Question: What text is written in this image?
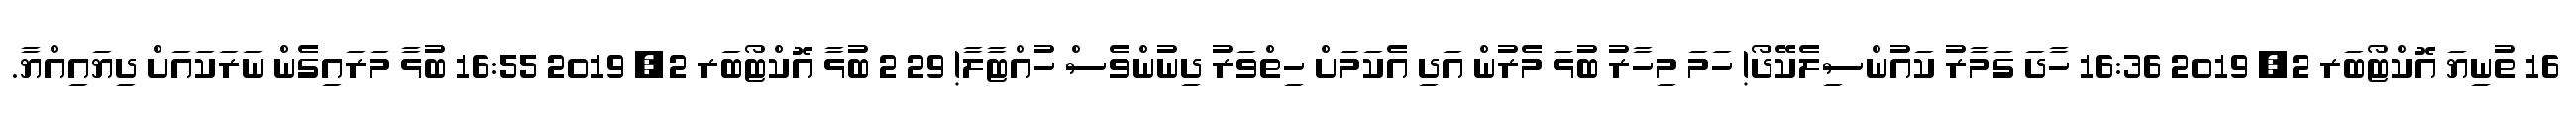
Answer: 16 ތުނިޔަ އޮކްޓޯބަރ 2, 2019 16:36 ހާދަ ގަމާރު ކައުންސިލެކޭދޯ! ހަމަ މިހާރު ބުޅަަ މެރުން އަދި އެކަމަށް ހިތްވަރު ދިނުންވެސް ހުއްޓާލާ! 29 2 ބުޅާ އޮކްޓޯބަރ 2, 2019 16:55 ބުޅާ މަރައިގެން ނަރަކައަށް ދިޔައިއްޔާ.